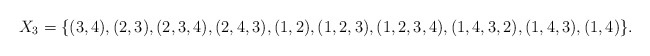
\begin{align*}X_3 = \{ (3, 4), (2, 3), (2, 3, 4), (2, 4, 3), (1, 2), (1, 2, 3), (1, 2, 3, 4), (1, 4, 3, 2), (1, 4, 3), (1, 4)\}.\end{align*}